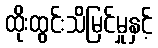
ထိုးထွင်းသိမြင်မှုနှင့်